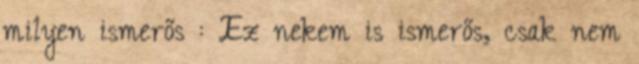
milyen ismerős : Ez nekem is ismerős, csak nem